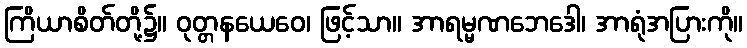
ကြိယာစိတ်တို့၌။ ဝုတ္တနယေဝေ၊ ဖြင့်သာ။ အာရမ္မဏဘေဒေါ၊ အာရုံအပြားကို။